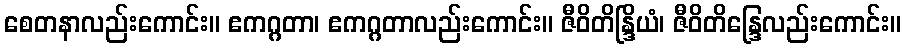
စေတနာလည်းကောင်း။ ဧကဂ္ဂတာ၊ ဧကဂ္ဂတာလည်းကောင်း။ ဇီဝိတိန္ဒြိယံ၊ ဇီဝိတိန္ဒြေလည်းကောင်း။